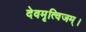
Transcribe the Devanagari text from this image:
देवमृत्विजम्‌।